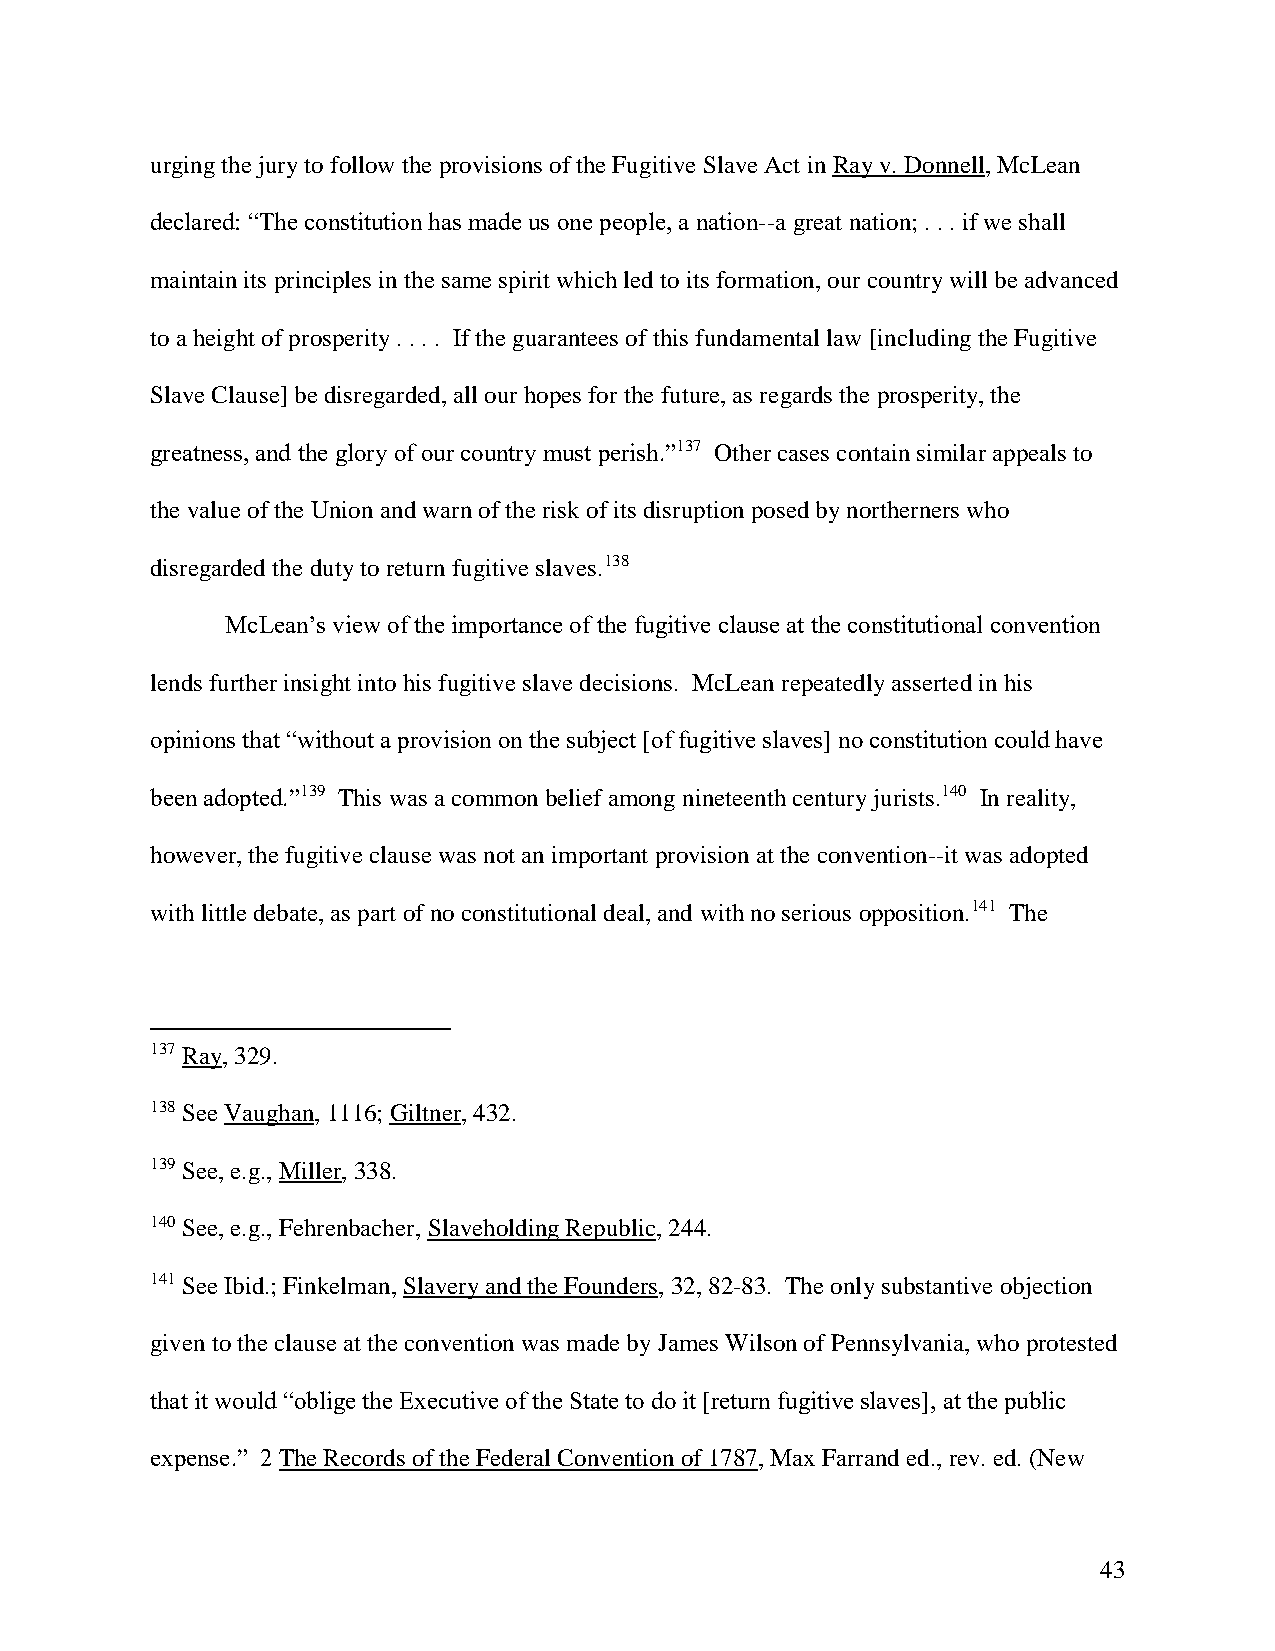
urging the jury to follow the provisions of the Fugitive Slave Act in Ray v. Donnell, McLean
 declared: “The constitution has made us one people, a nation--a great nation; . . . if we shall
 maintain its principles in the same spirit which led to its formation, our country will be advanced
 to a height of prosperity . . . . If the guarantees of this fundamental law [including the Fugitive
 Slave Clause] be disregarded, all our hopes for the future, as regards the prosperity, the
 greatness, and the glory of our country must perish.”137 Other cases contain similar appeals to
 the value of the Union and warn of the risk of its disruption posed by northerners who
 disregarded the duty to return fugitive slaves.138
 McLean’s view of the importance of the fugitive clause at the constitutional convention
 lends further insight into his fugitive slave decisions. McLean repeatedly asserted in his
 opinions that “without a provision on the subject [of fugitive slaves] no constitution could have
 been adopted.”139 This was a common belief among nineteenth century jurists.140 In reality,
 however, the fugitive clause was not an important provision at the convention--it was adopted
 with little debate, as part of no constitutional deal, and with no serious opposition.141 The
 137 Ray, 329.
 138 See Vaughan, 1116; Giltner, 432.
 139 See, e.g., Miller, 338.
 140 See, e.g., Fehrenbacher, Slaveholding Republic, 244.
 141 See Ibid.; Finkelman, Slavery and the Founders, 32, 82-83. The only substantive objection
 given to the clause at the convention was made by James Wilson of Pennsylvania, who protested
 that it would “oblige the Executive of the State to do it [return fugitive slaves], at the public
 expense.” 2 The Records of the Federal Convention of 1787, Max Farrand ed., rev. ed. (New
 43